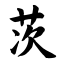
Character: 茨